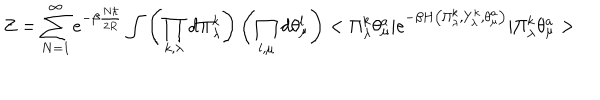
Z = \sum _ { N = 1 } ^ { \infty } e ^ { - \beta \frac { N \hbar } { 2 R } } \int \left( \prod _ { k , \lambda } d \Pi _ { \lambda } ^ { k } \right) \left( \prod _ { l , \mu } d \theta _ { \mu } ^ { l } \right) < \Pi _ { \lambda } ^ { k } \theta _ { \mu } ^ { a } | e ^ { - \beta H \left( \Pi _ { \lambda } ^ { k } , Y _ { \lambda } ^ { k } , \theta _ { \mu } ^ { a } \right) } | \Pi _ { \lambda } ^ { k } \theta _ { \mu } ^ { a } >